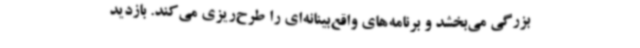
بزرگی می‌بخشد و برنامه‌های واقع‌بینانه‌ای را طرح‌ریزی می‌کند. بازدید